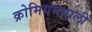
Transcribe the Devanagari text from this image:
क्रोमियमवाली